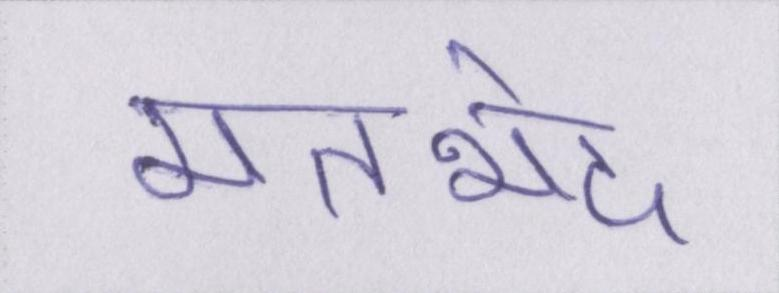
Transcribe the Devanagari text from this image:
मतभेद